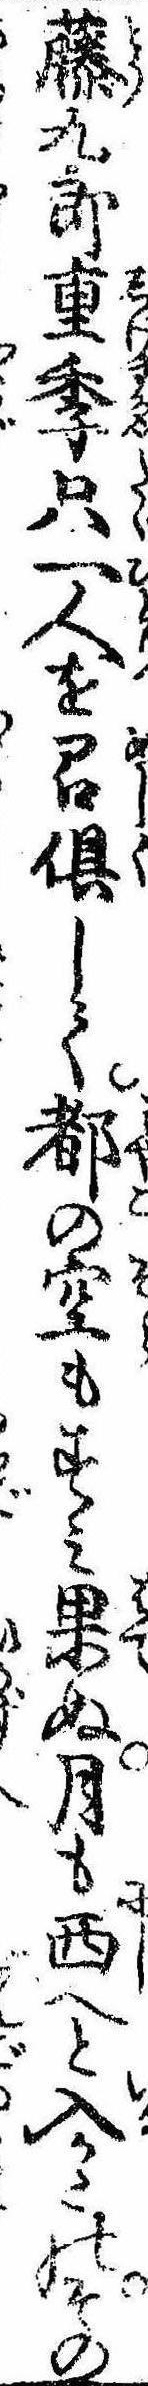
藤九郎重季只一人を召倶して都の空もすみ果ぬ月も西へと入かたのその